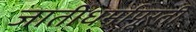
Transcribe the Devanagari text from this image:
जातीधर्मापूरती